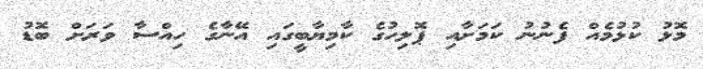
މޮޅު ކުޅުމެއް ފެނުނު ކަމަށާއި ޕޮލިހުގެ ކާމިޔާބީގައި އޭނާގެ ހިއްސާ ވަރަށް ބޮޑު